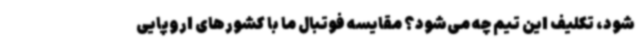
شود، تکلیف این تیم چه می‌شود؟ مقایسه فوتبال ما با کشورهای اروپایی